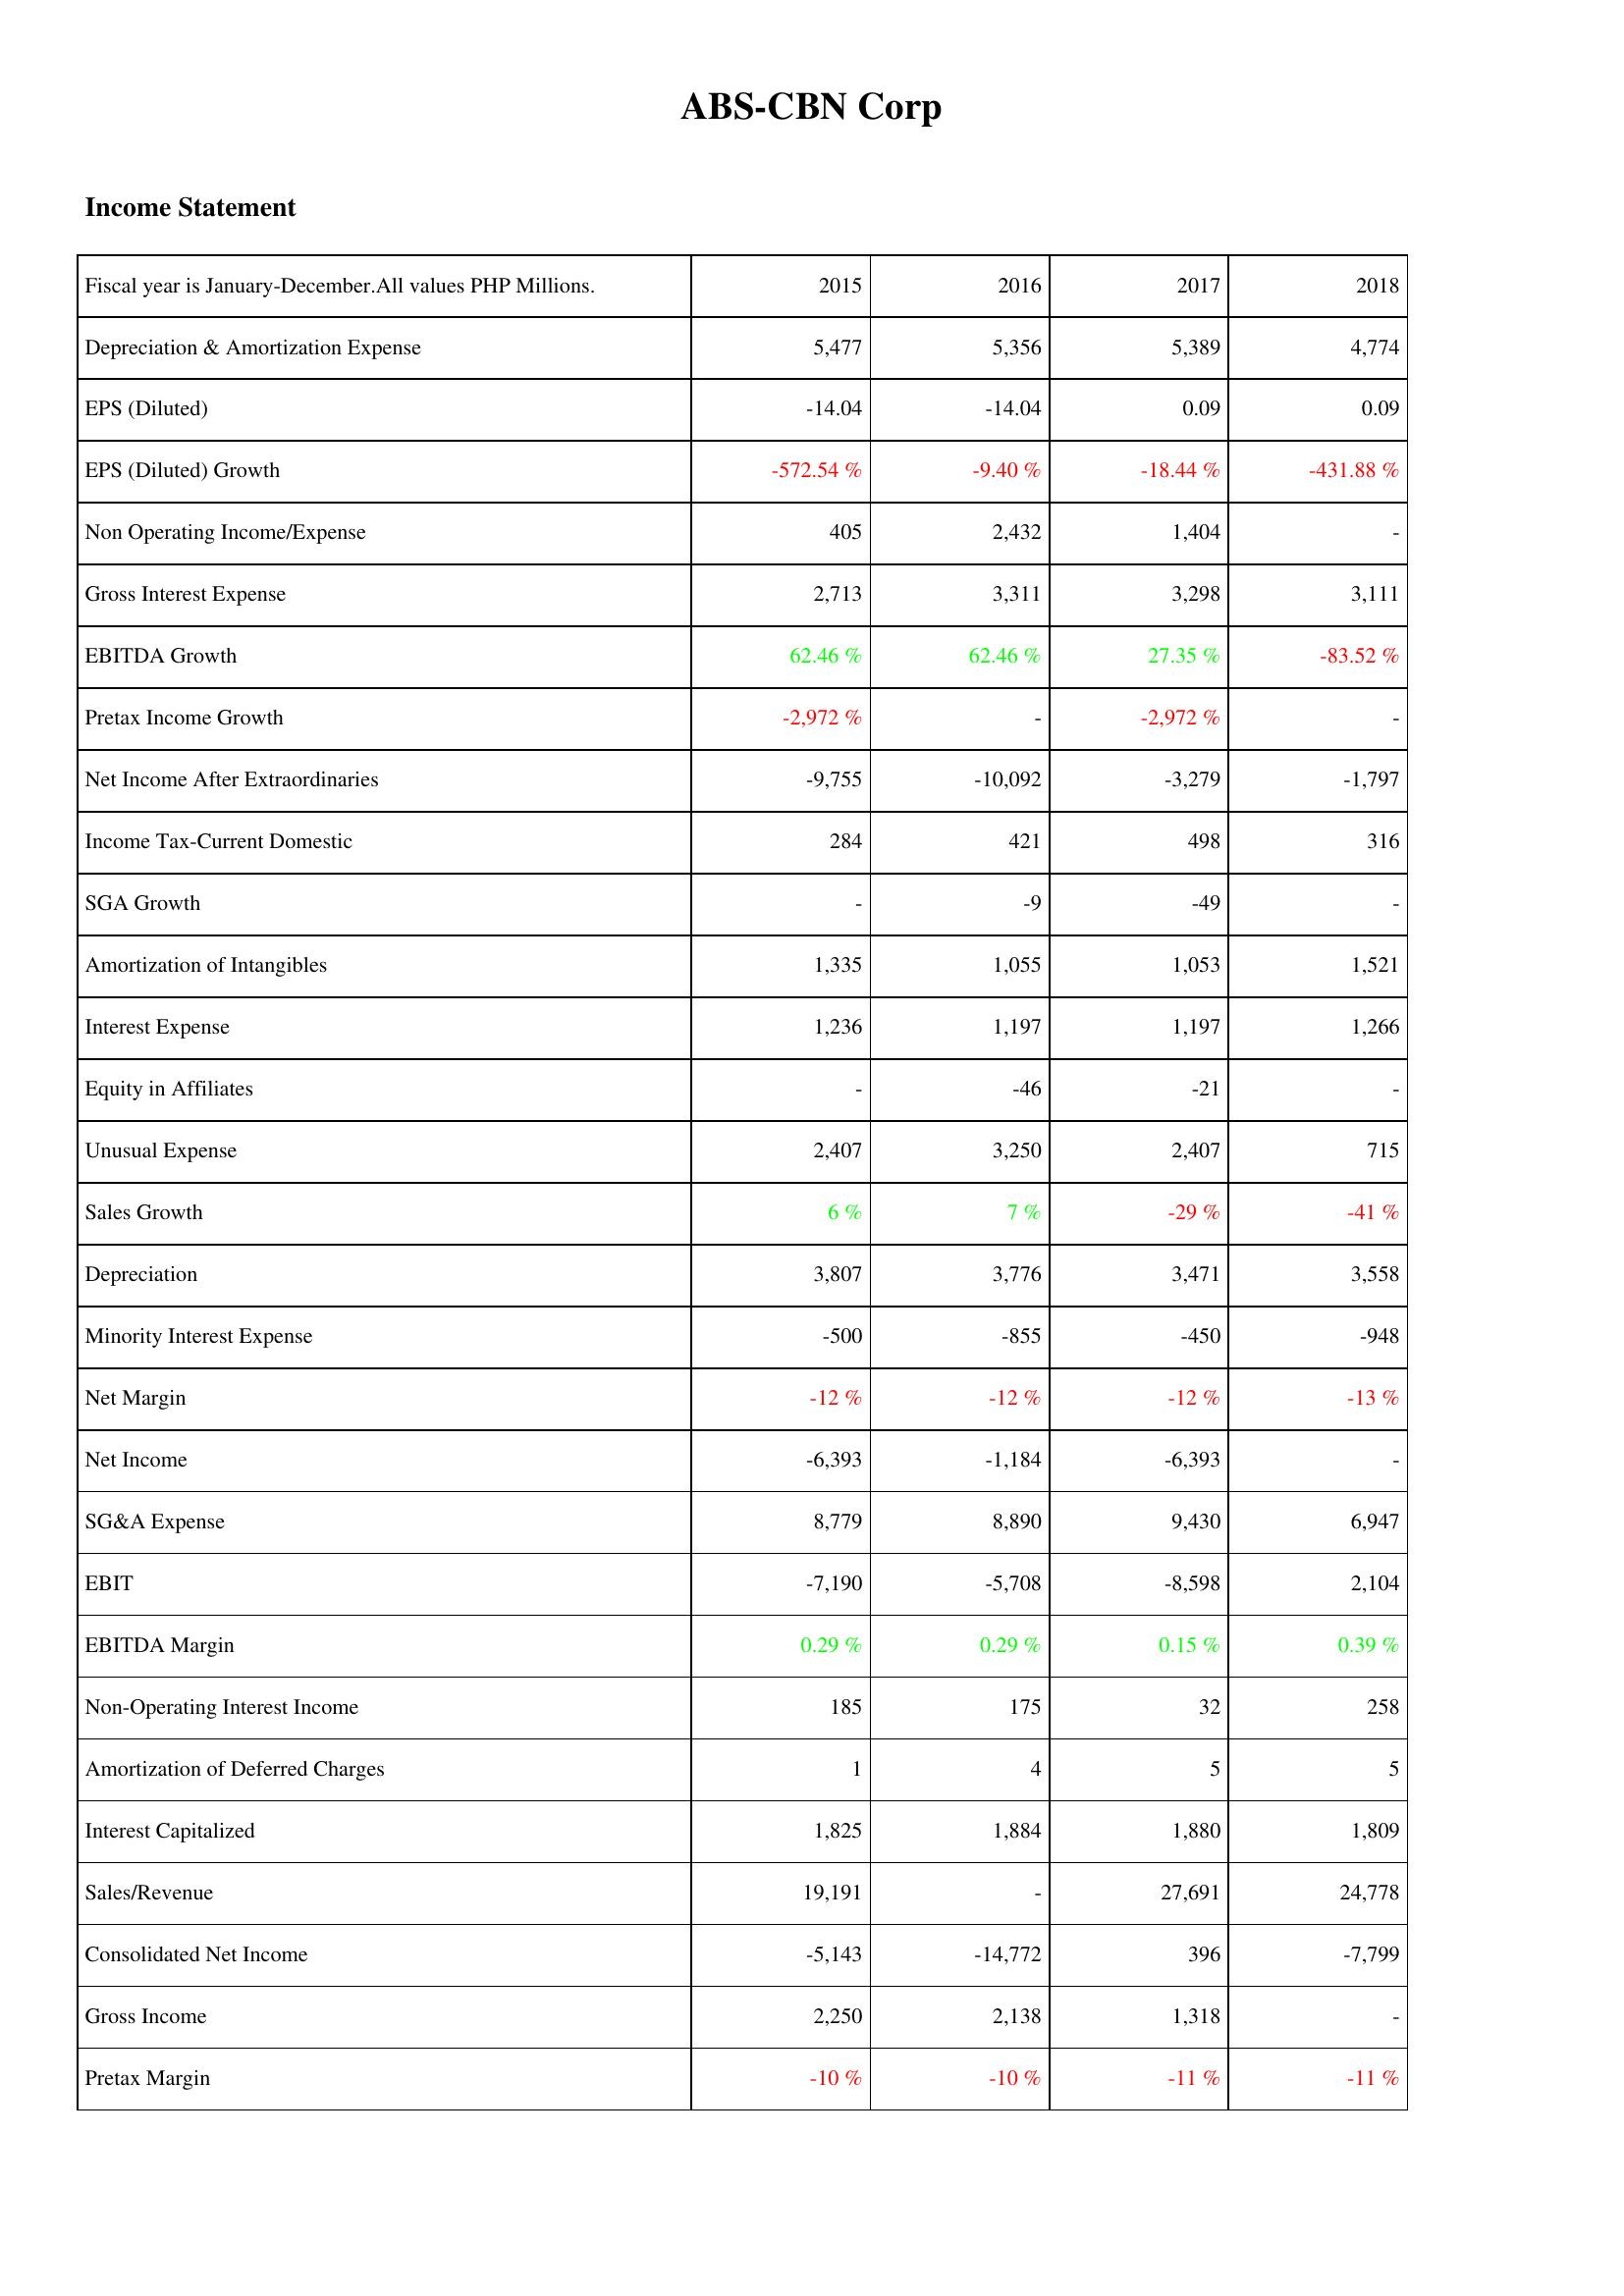
2015: Income Statement: Depreciation & Amortization Expense: 5,477
EPS (Diluted): -14.04
EPS (Diluted) Growth: -572.54 %
Non Operating Income/Expense: 405
Gross Interest Expense: 2,713
EBITDA Growth: 62.46 %
Pretax Income Growth: -2,972 %
Net Income After Extraordinaries: -9,755
Income Tax-Current Domestic: 284
SGA Growth: -
Amortization of Intangibles: 1,335
Interest Expense: 1,236
Equity in Affiliates: -
Unusual Expense: 2,407
Sales Growth: 6 %
Depreciation: 3,807
Minority Interest Expense: -500
Net Margin: -12 %
Net Income: -6,393
SG&A Expense: 8,779
EBIT: -7,190
EBITDA Margin: 0.29 %
Non-Operating Interest Income: 185
Amortization of Deferred Charges: 1
Interest Capitalized: 1,825
Sales/Revenue: 19,191
Consolidated Net Income: -5,143
Gross Income: 2,250
Pretax Margin: -10 %
2016: Income Statement: Depreciation & Amortization Expense: 5,356
EPS (Diluted): -14.04
EPS (Diluted) Growth: -9.40 %
Non Operating Income/Expense: 2,432
Gross Interest Expense: 3,311
EBITDA Growth: 62.46 %
Pretax Income Growth: -
Net Income After Extraordinaries: -10,092
Income Tax-Current Domestic: 421
SGA Growth: -9
Amortization of Intangibles: 1,055
Interest Expense: 1,197
Equity in Affiliates: -46
Unusual Expense: 3,250
Sales Growth: 7 %
Depreciation: 3,776
Minority Interest Expense: -855
Net Margin: -12 %
Net Income: -1,184
SG&A Expense: 8,890
EBIT: -5,708
EBITDA Margin: 0.29 %
Non-Operating Interest Income: 175
Amortization of Deferred Charges: 4
Interest Capitalized: 1,884
Sales/Revenue: -
Consolidated Net Income: -14,772
Gross Income: 2,138
Pretax Margin: -10 %
2017: Income Statement: Depreciation & Amortization Expense: 5,389
EPS (Diluted): 0.09
EPS (Diluted) Growth: -18.44 %
Non Operating Income/Expense: 1,404
Gross Interest Expense: 3,298
EBITDA Growth: 27.35 %
Pretax Income Growth: -2,972 %
Net Income After Extraordinaries: -3,279
Income Tax-Current Domestic: 498
SGA Growth: -49
Amortization of Intangibles: 1,053
Interest Expense: 1,197
Equity in Affiliates: -21
Unusual Expense: 2,407
Sales Growth: -29 %
Depreciation: 3,471
Minority Interest Expense: -450
Net Margin: -12 %
Net Income: -6,393
SG&A Expense: 9,430
EBIT: -8,598
EBITDA Margin: 0.15 %
Non-Operating Interest Income: 32
Amortization of Deferred Charges: 5
Interest Capitalized: 1,880
Sales/Revenue: 27,691
Consolidated Net Income: 396
Gross Income: 1,318
Pretax Margin: -11 %
2018: Income Statement: Depreciation & Amortization Expense: 4,774
EPS (Diluted): 0.09
EPS (Diluted) Growth: -431.88 %
Non Operating Income/Expense: -
Gross Interest Expense: 3,111
EBITDA Growth: -83.52 %
Pretax Income Growth: -
Net Income After Extraordinaries: -1,797
Income Tax-Current Domestic: 316
SGA Growth: -
Amortization of Intangibles: 1,521
Interest Expense: 1,266
Equity in Affiliates: -
Unusual Expense: 715
Sales Growth: -41 %
Depreciation: 3,558
Minority Interest Expense: -948
Net Margin: -13 %
Net Income: -
SG&A Expense: 6,947
EBIT: 2,104
EBITDA Margin: 0.39 %
Non-Operating Interest Income: 258
Amortization of Deferred Charges: 5
Interest Capitalized: 1,809
Sales/Revenue: 24,778
Consolidated Net Income: -7,799
Gross Income: -
Pretax Margin: -11 %